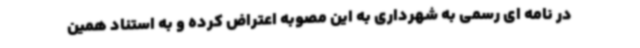
در نامه ای رسمی به شهرداری به این مصوبه اعتراض کرده و به استناد همین